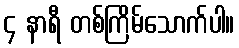
၄ နာရီ တစ်ကြိမ်သောက်ပါ။